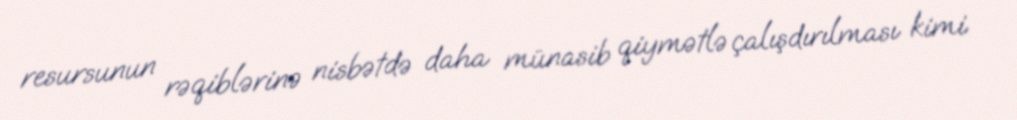
resursunun rəqiblərinə nisbətdə daha münasib qiymətlə çalışdırılması kimi